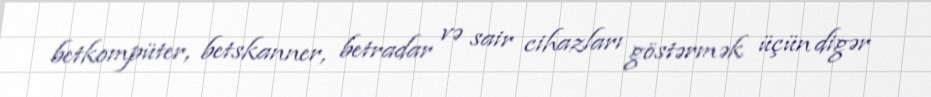
betkompüter, betskanner, betradar və sair cihazları göstərmək üçün digər